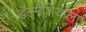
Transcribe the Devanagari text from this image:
डॅल्मॅशियाला